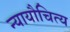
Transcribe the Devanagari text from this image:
न्यायौचित्य